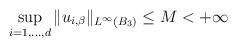
LaTeX: \begin{align*}\sup_{i=1,\dots,d} \|u_{i,\beta}\|_{L^\infty(B_3)} \le M <+\infty\end{align*}